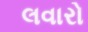
લવારો